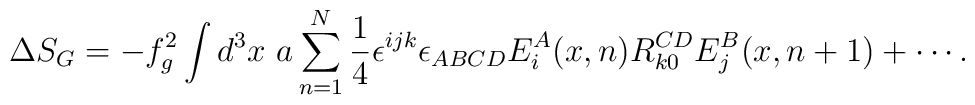
\Delta S_{G} = -f_{g}^{2} \int d^{3}x ~a\sum_{n=1}^{N} \frac{1}{4}\epsilon^{ijk}\epsilon_{ABCD}E^{A}_{i}(x, n)R^{CD}_{k0}E^{B}_{j}(x, n+1) +\cdots.